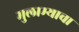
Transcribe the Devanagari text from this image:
मुलाम्याचा